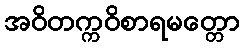
အဝိတက္ကဝိစာရမတ္တော